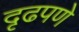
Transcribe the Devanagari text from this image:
दृढपणे